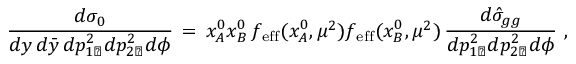
{ \frac { d \sigma _ { 0 } } { d y \, d { \bar { y } } \, d p _ { 1 \perp } ^ { 2 } d p _ { 2 \perp } ^ { 2 } d \phi } } \, = \, x _ { A } ^ { 0 } x _ { B } ^ { 0 } \, f _ { \mathrm { e f f } } ( x _ { A } ^ { 0 } , \mu ^ { 2 } ) f _ { \mathrm { e f f } } ( x _ { B } ^ { 0 } , \mu ^ { 2 } ) \, { \frac { d \hat { \sigma } _ { g g } } { d p _ { 1 \perp } ^ { 2 } d p _ { 2 \perp } ^ { 2 } d \phi } } \ ,